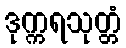
ဒုက္ကရသုတ္တံ